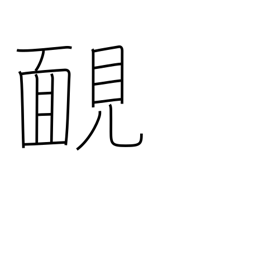
Meaning: unashamed